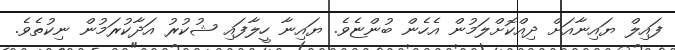
ފައިލް ޔައިނާއަށް ދިއްކޮށްލަމުން އެހެން ބުންޏެވެ. ޔައިނާ ހީލާފައި ޝުކުރު އަދާކުރަމުން ނިކުތެވެ.